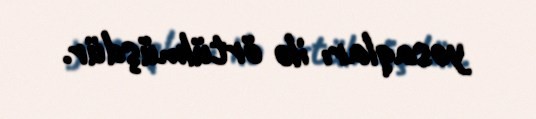
yosaqları ilə örtülmüşdür.